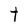
Character: t